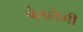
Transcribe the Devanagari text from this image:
बेललेमी